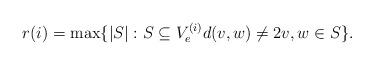
LaTeX: \begin{align*}r(i) = \max \{|S|:S\subseteq V_e^{(i)} d(v,w)\neq2v,w\in S\}.\end{align*}